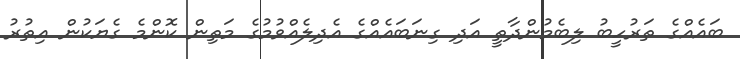
ބައެއްގެ ތަރުހީބު ލިބެމުންދާތީ އަދި ގިނަބައެއްގެ އެދިލެއްވުމުގެ މަތިން ކޮންމެ ގެޔަކުން އިތުރު